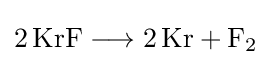
{2\,\mathrm {KrF} {}\mathrel {\longrightarrow } {}2\,\mathrm {Kr} {}+{}\mathrm {F} {\vphantom {A}}_{\smash[{t}]{2}}}